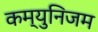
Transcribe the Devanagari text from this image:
कम्युनिजम